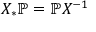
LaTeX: X _ { * } \mathbb { P } = \mathbb { P } X ^ { - 1 }